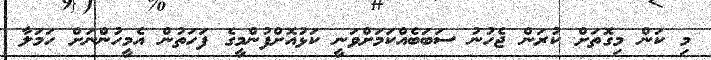
މި ކަން މިގޮތަށް ކުރަން ޖެހުނު ސަބަބެއްކަމަށްވަނީ ކަޅުއޮށްފުންމީގެ ފަހަތުން އެމީހުންނަށް ހަމަލާ